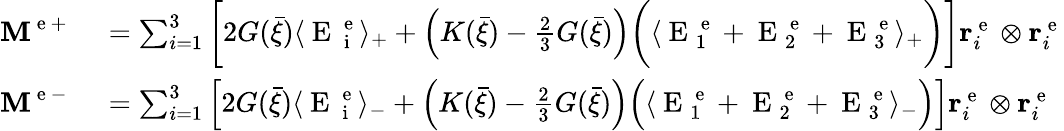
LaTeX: \begin{array}{rl}{\textbf{M}^{\mathrm{~e~+~}}}&{{}=\sum_{i=1}^{3}\bigg[2G(\bar{\xi})\langle\mathrm{~E~}_{\mathrm{~i~}}^{\mathrm{~e~}}\rangle_{+}+\left(K(\bar{\xi})-\frac{2}{3}G(\bar{\xi})\right)\bigg(\langle\mathrm{~E~}_{1}^{\mathrm{~e~}}+\mathrm{~E~}_{2}^{\mathrm{~e~}}+\mathrm{~E~}_{3}^{\mathrm{~e~}}\rangle_{+}\bigg)\bigg]{\mathbf r}_{i}^{\mathrm{~e~}}\otimes{\mathbf r}_{i}^{\mathrm{~e~}}}\\ {\textbf{M}^{\mathrm{~e~-~}}}&{{}=\sum_{i=1}^{3}\Big[2G(\bar{\xi})\langle\mathrm{~E~}_{\mathrm{~i~}}^{\mathrm{~e~}}\rangle_{-}+\Big(K(\bar{\xi})-\frac{2}{3}G(\bar{\xi})\Big)\Big(\langle\mathrm{~E~}_{1}^{\mathrm{~e~}}+\mathrm{~E~}_{2}^{\mathrm{~e~}}+\mathrm{~E~}_{3}^{\mathrm{~e~}}\rangle_{-}\Big)\Big]{\mathbf r}_{i}^{\mathrm{~e~}}\otimes{\mathbf r}_{i}^{\mathrm{~e~}}}\end{array}